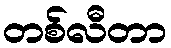
တစ်လီတာ